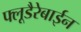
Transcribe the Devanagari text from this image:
फ्लूडैरेबाईन